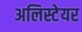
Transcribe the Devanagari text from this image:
अलिस्टेयर